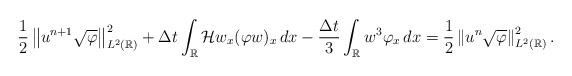
LaTeX: \begin{align*}\frac{1}{2} \left\|u^{n+1} \sqrt{\varphi} \right\|_{L^{2}(\mathbb{R})}^{2} + \Delta t \int_{\mathbb{R}} \mathcal{H}w_{x} (\varphi w)_{x}\,dx -\frac{\Delta t}{3} \int_{\mathbb{R}} w^{3} \varphi_{x}\,dx = \frac{1}{2} \left\|u^{n} \sqrt{\varphi} \right\|_{L^{2}(\mathbb{R})}^{2}.\end{align*}